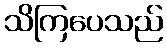
သိကြပေသည်